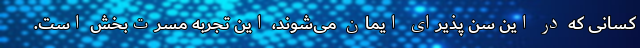
کسانی که در این سِن پذیرای ایمان می‌شوند، این تجربه مسرت‌بخش است.